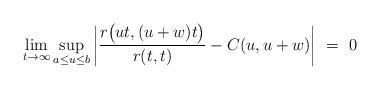
LaTeX: \begin{align*}\lim_{t \to \infty} \sup_{a\leq u\leq b} \bigg|\frac{r\big(ut,(u+w)t\big)}{r(t,t)}-C(u,u+w)\bigg| ~=~ 0\end{align*}